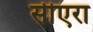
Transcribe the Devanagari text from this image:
सीएरा